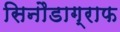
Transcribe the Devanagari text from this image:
सिनौडाग्राफ